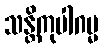
သန္တိကုပါဂမ္မ